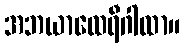
အဘယာထေရီဂါထာ။